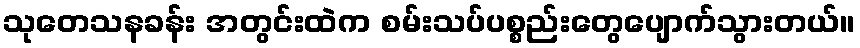
သုတေသနခန်း အတွင်းထဲက စမ်းသပ်ပစ္စည်းတွေပျောက်သွားတယ်။